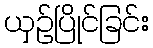
ယှဉ်ပြိုင်ခြင်း